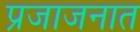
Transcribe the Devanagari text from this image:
प्रजाजनात